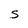
Character: S